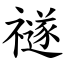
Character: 禭